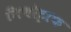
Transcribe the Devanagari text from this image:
लिथोट्राफ